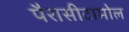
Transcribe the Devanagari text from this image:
पैरासीटामोल